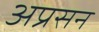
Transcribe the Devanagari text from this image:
अप्रसन